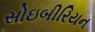
સોઇબીરિયન